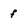
Character: f